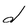
Character: d